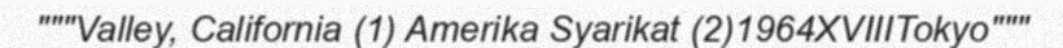
"""Valley, California (1) Amerika Syarikat (2)1964XVIIITokyo"""